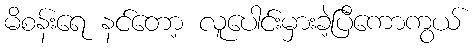
မိစန်းရေ နင်တော့ လူပေါင်းမှားခဲ့ပြီကောကွယ်